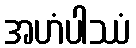
အဟံပါဿံ